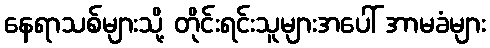
နေရာသစ်များသို့ တိုင်းရင်းသူများအပေါ် အာမခံများ